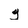
Character: g